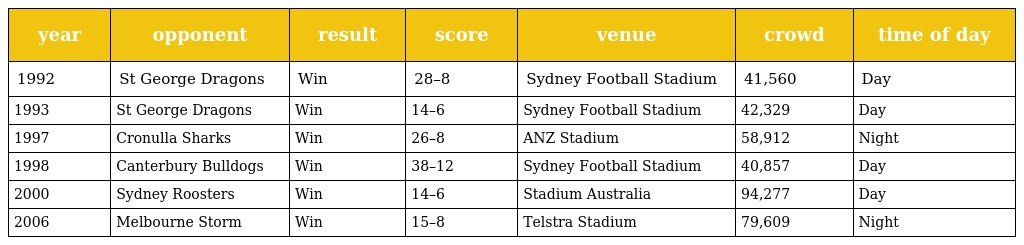
| year | opponent | result | score | venue | crowd | time of day |
 | --- | --- | --- | --- | --- | --- | --- |
 | 1992 | St George Dragons | Win | 28–8 | Sydney Football Stadium | 41,560 | Day |
 | 1993 | St George Dragons | Win | 14–6 | Sydney Football Stadium | 42,329 | Day |
 | 1997 | Cronulla Sharks | Win | 26–8 | ANZ Stadium | 58,912 | Night |
 | 1998 | Canterbury Bulldogs | Win | 38–12 | Sydney Football Stadium | 40,857 | Day |
 | 2000 | Sydney Roosters | Win | 14–6 | Stadium Australia | 94,277 | Day |
 | 2006 | Melbourne Storm | Win | 15–8 | Telstra Stadium | 79,609 | Night |